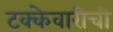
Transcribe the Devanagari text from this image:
टक्केवारीची